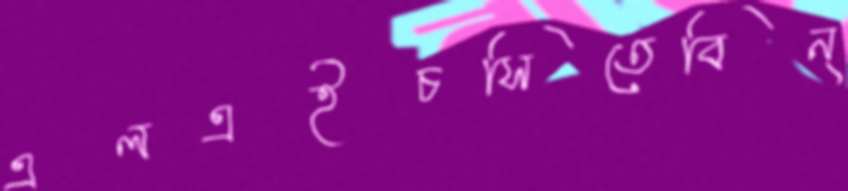
এলএইচসিতেবিন্